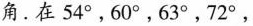
角。在54°。60°。63°，72°，